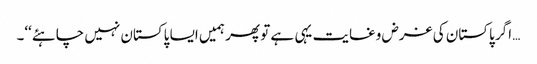
… اگر پاکستان کی غرض وغایت یہی ہے تو پھر ہمیں ایسا پاکستان نہیں چاہئے‘‘۔